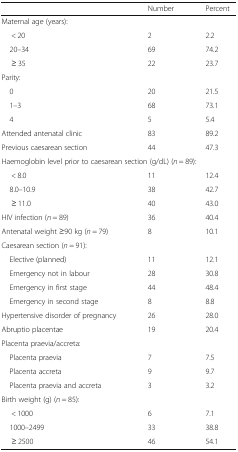
<table><thead><tr><td></td><td><b>Number</b></td><td><b>Percent</b></td></tr></thead><tbody><tr><td colspan="3">Maternal age (years):</td></tr><tr><td>&lt; 20</td><td>2</td><td>2.2</td></tr><tr><td> 20–34</td><td>69</td><td>74.2</td></tr><tr><td>≥ 35</td><td>22</td><td>23.7</td></tr><tr><td colspan="3">Parity:</td></tr><tr><td> 0</td><td>20</td><td>21.5</td></tr><tr><td> 1–3</td><td>68</td><td>73.1</td></tr><tr><td> 4</td><td>5</td><td>5.4</td></tr><tr><td>Attended antenatal clinic</td><td>83</td><td>89.2</td></tr><tr><td>Previous caesarean section</td><td>44</td><td>47.3</td></tr><tr><td colspan="3">Haemoglobin level prior to caesarean section (g/dL) (<i>n</i> = 89):</td></tr><tr><td>&lt; 8.0</td><td>11</td><td>12.4</td></tr><tr><td> 8.0–10.9</td><td>38</td><td>42.7</td></tr><tr><td>≥ 11.0</td><td>40</td><td>43.0</td></tr><tr><td>HIV infection (<i>n</i> = 89)</td><td>36</td><td>40.4</td></tr><tr><td>Antenatal weight ≥90 kg (<i>n</i> = 79)</td><td>8</td><td>10.1</td></tr><tr><td colspan="3">Caesarean section (<i>n</i> = 91):</td></tr><tr><td> Elective (planned)</td><td>11</td><td>12.1</td></tr><tr><td> Emergency not in labour</td><td>28</td><td>30.8</td></tr><tr><td> Emergency in first stage</td><td>44</td><td>48.4</td></tr><tr><td> Emergency in second stage</td><td>8</td><td>8.8</td></tr><tr><td>Hypertensive disorder of pregnancy</td><td>26</td><td>28.0</td></tr><tr><td>Abruptio placentae</td><td>19</td><td>20.4</td></tr><tr><td colspan="3">Placenta praevia/accreta:</td></tr><tr><td> Placenta praevia</td><td>7</td><td>7.5</td></tr><tr><td> Placenta accreta</td><td>9</td><td>9.7</td></tr><tr><td> Placenta praevia and accreta</td><td>3</td><td>3.2</td></tr><tr><td colspan="3">Birth weight (g) (<i>n</i> = 85):</td></tr><tr><td>&lt; 1000</td><td>6</td><td>7.1</td></tr><tr><td> 1000–2499</td><td>33</td><td>38.8</td></tr><tr><td>≥ 2500</td><td>46</td><td>54.1</td></tr></tbody></table>